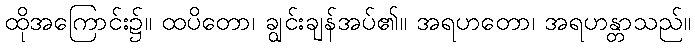
ထိုအကြောင်း၌။ ထပိတော၊ ချွင်းချန်အပ်၏။ အရဟတော၊ အရဟန္တာသည်။